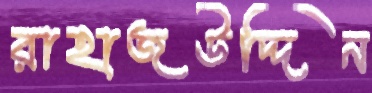
রাহাজউদ্দিন